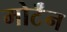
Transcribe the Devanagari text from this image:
मोर्टॅन